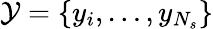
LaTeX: \mathcal{Y}=\{ y_{i},\ldots,y_{N_{s}}\}